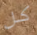
كل